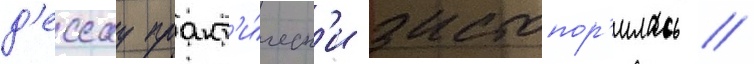
д'ессау практ'и́ческ'и застопор'илась /